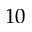
1 0